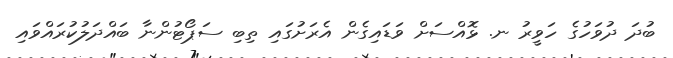
ބުދަ ދުވަހުގެ ހަވީރު ނ. ޅޮއްސަށް ވަޑައިގެން އެރަށުގައި ތިބި ސަޕޯޓުންނާ ބައްދަލުކުރައްވައި